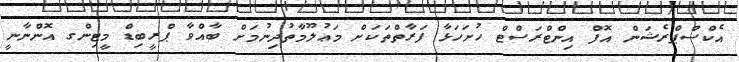
އެކްސްޕްރެޝަން އޮފް އިންޓްރަސްޓް ހުށަހަޅާ ފަރާތްތަކަށް މަޢުލޫމާތުދިނުމަށް ބާއްވާ ޕްރީބިޑް މީޓިންގ އޮންނާނީ